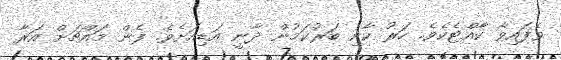
ވެފައިވާ ކާއްޓެކެވެ. ހަރު ކާށި ބަރުކަމުން ދާނީ އަޑިއަށެވެ. ފެން މައްޗަށް އަރާ